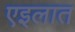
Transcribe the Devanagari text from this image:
एइलात